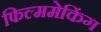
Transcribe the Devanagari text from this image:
फिल्ममेकिंग